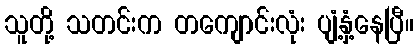
သူတို့ သတင်းက တကျောင်းလုံး ပျံ့နှံ့နေပြီ။